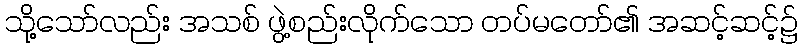
သို့သော်လည်း အသစ် ဖွဲ့စည်းလိုက်သော တပ်မတော်၏ အဆင့်ဆင့်၌